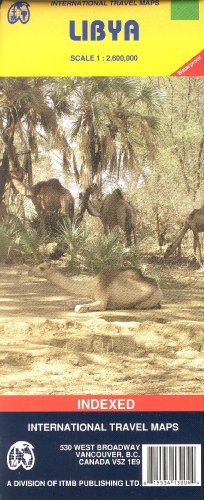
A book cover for Libya (Cartographia World Travel Map) (French Edition); C Lby; Travel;